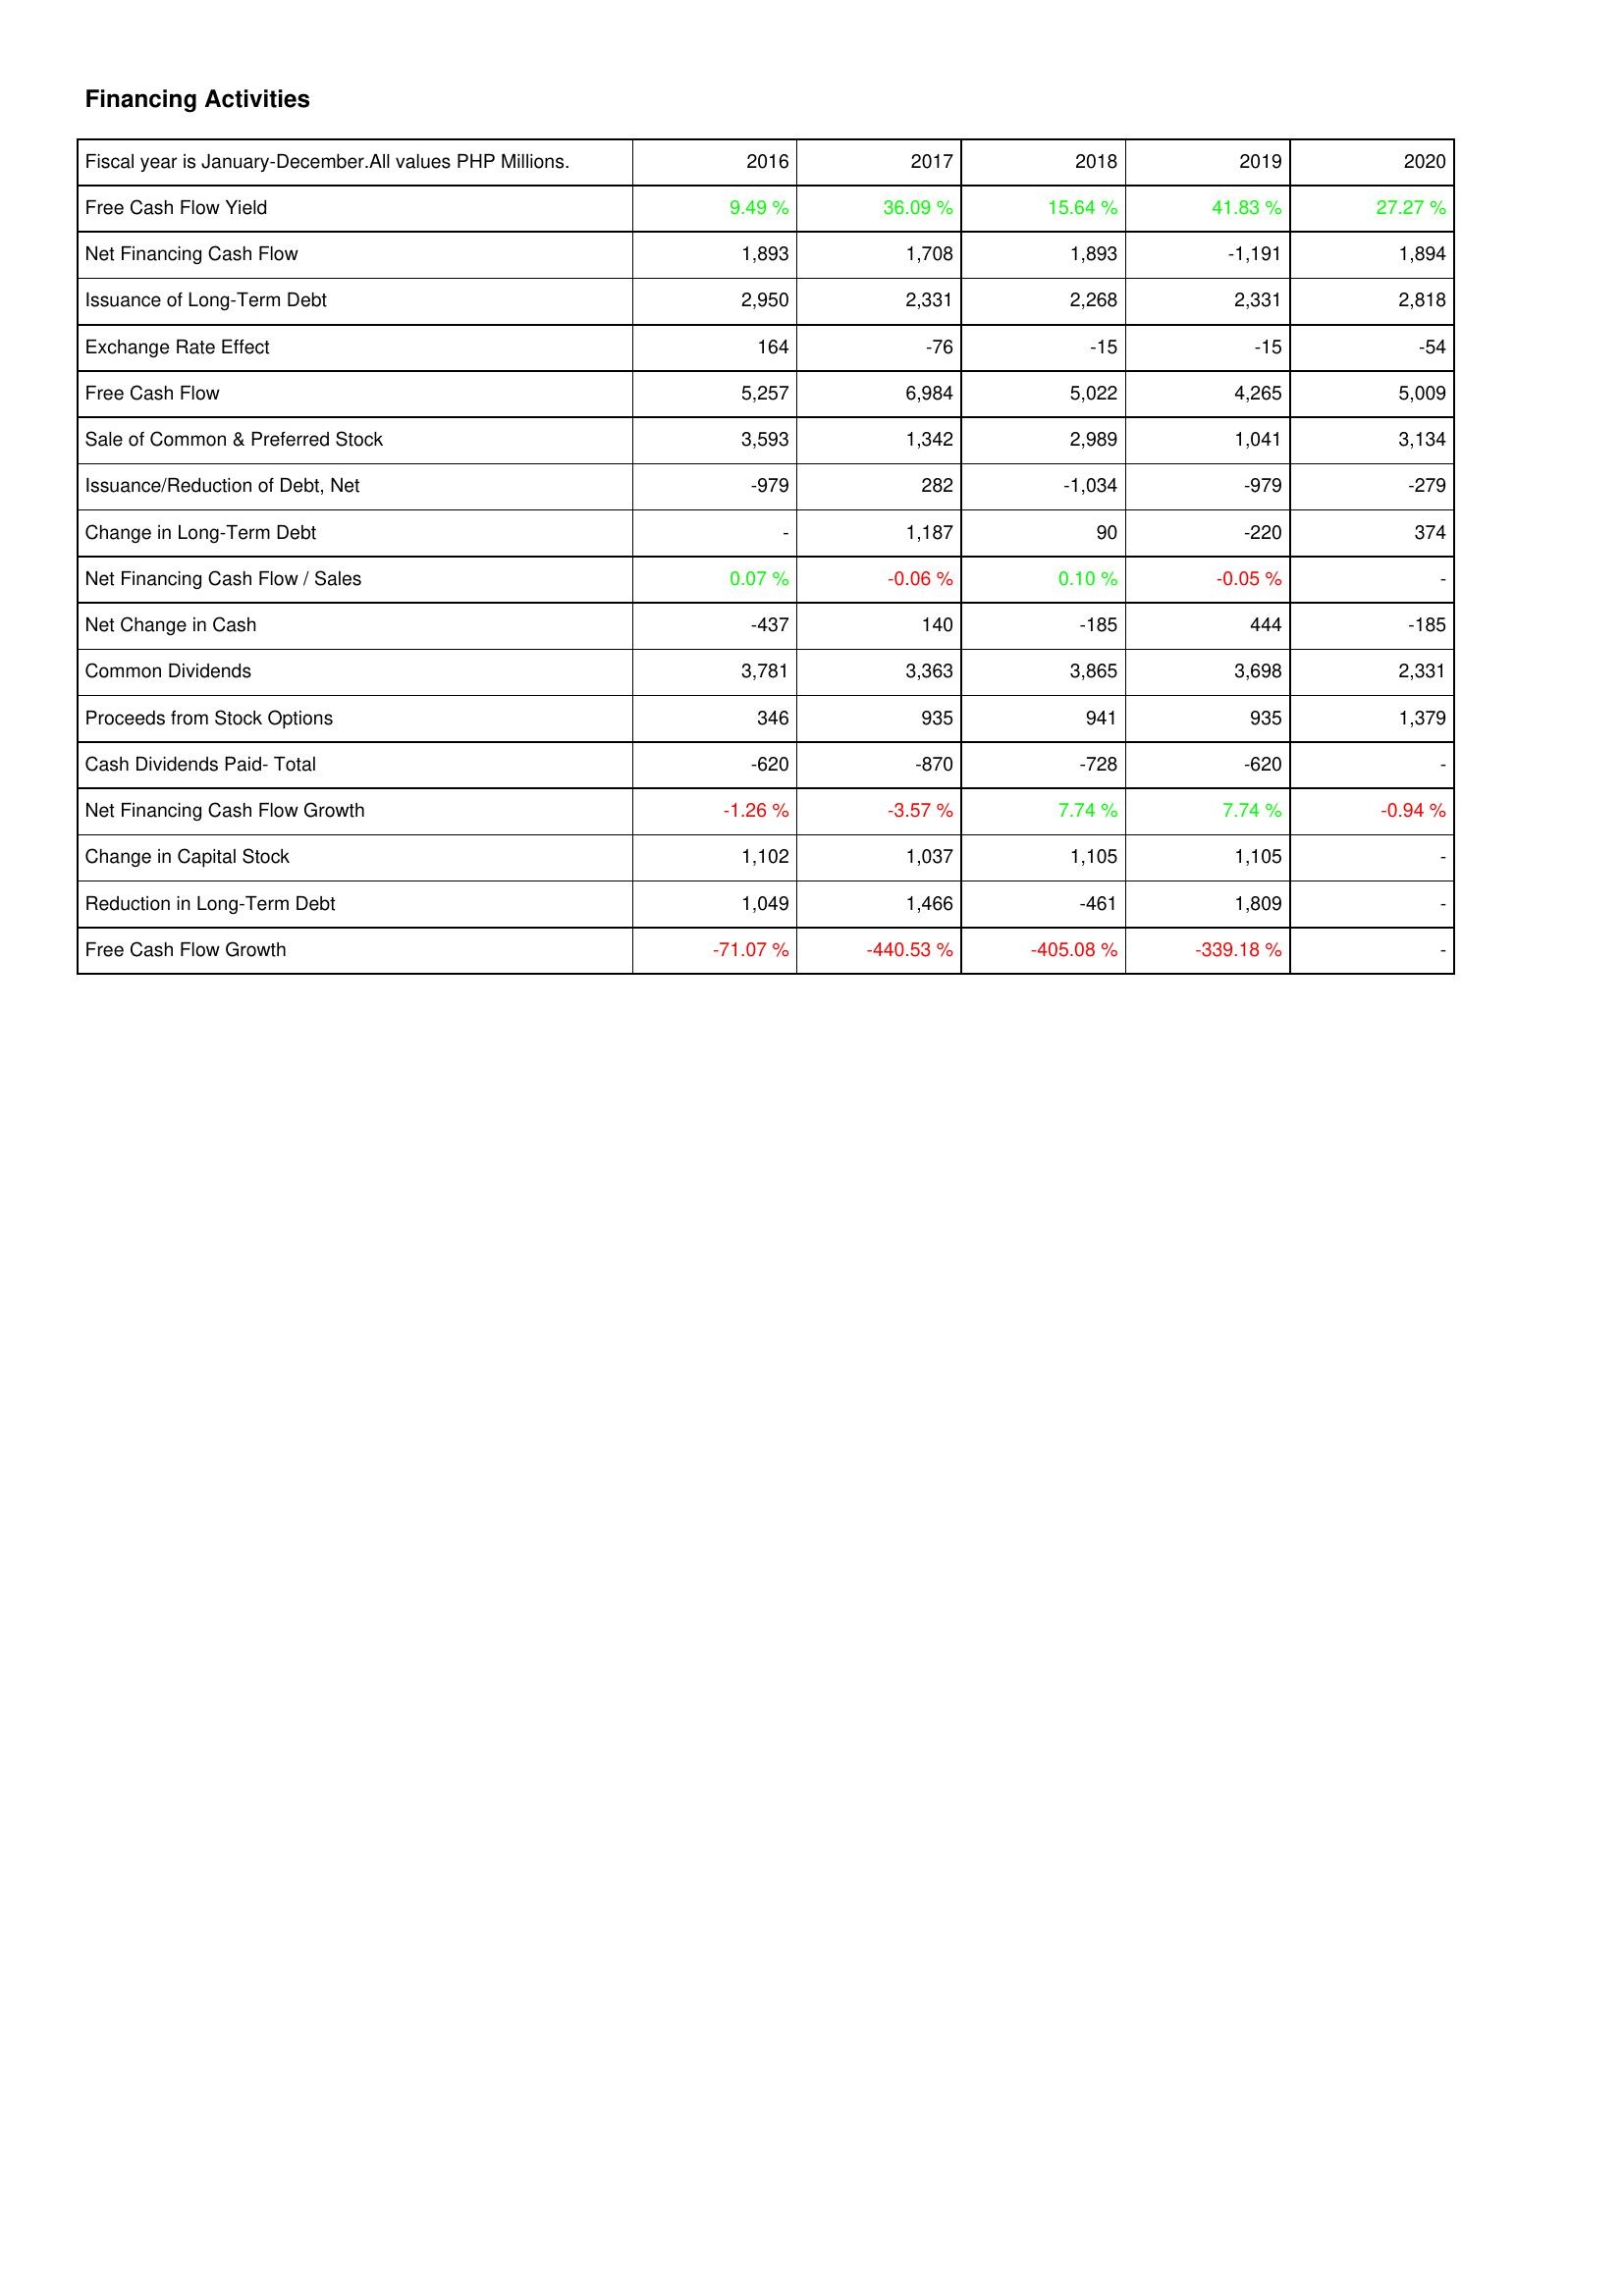
2016: Financing Activities: Free Cash Flow Yield: 9.49 %
Net Financing Cash Flow: 1,893
Issuance of Long-Term Debt: 2,950
Exchange Rate Effect: 164
Free Cash Flow: 5,257
Sale of Common & Preferred Stock: 3,593
Issuance/Reduction of Debt, Net: -979
Change in Long-Term Debt: -
Net Financing Cash Flow / Sales: 0.07 %
Net Change in Cash: -437
Common Dividends: 3,781
Proceeds from Stock Options: 346
Cash Dividends Paid- Total: -620
Net Financing Cash Flow Growth: -1.26 %
Change in Capital Stock: 1,102
Reduction in Long-Term Debt: 1,049
Free Cash Flow Growth: -71.07 %
2017: Financing Activities: Free Cash Flow Yield: 36.09 %
Net Financing Cash Flow: 1,708
Issuance of Long-Term Debt: 2,331
Exchange Rate Effect: -76
Free Cash Flow: 6,984
Sale of Common & Preferred Stock: 1,342
Issuance/Reduction of Debt, Net: 282
Change in Long-Term Debt: 1,187
Net Financing Cash Flow / Sales: -0.06 %
Net Change in Cash: 140
Common Dividends: 3,363
Proceeds from Stock Options: 935
Cash Dividends Paid- Total: -870
Net Financing Cash Flow Growth: -3.57 %
Change in Capital Stock: 1,037
Reduction in Long-Term Debt: 1,466
Free Cash Flow Growth: -440.53 %
2018: Financing Activities: Free Cash Flow Yield: 15.64 %
Net Financing Cash Flow: 1,893
Issuance of Long-Term Debt: 2,268
Exchange Rate Effect: -15
Free Cash Flow: 5,022
Sale of Common & Preferred Stock: 2,989
Issuance/Reduction of Debt, Net: -1,034
Change in Long-Term Debt: 90
Net Financing Cash Flow / Sales: 0.10 %
Net Change in Cash: -185
Common Dividends: 3,865
Proceeds from Stock Options: 941
Cash Dividends Paid- Total: -728
Net Financing Cash Flow Growth: 7.74 %
Change in Capital Stock: 1,105
Reduction in Long-Term Debt: -461
Free Cash Flow Growth: -405.08 %
2019: Financing Activities: Free Cash Flow Yield: 41.83 %
Net Financing Cash Flow: -1,191
Issuance of Long-Term Debt: 2,331
Exchange Rate Effect: -15
Free Cash Flow: 4,265
Sale of Common & Preferred Stock: 1,041
Issuance/Reduction of Debt, Net: -979
Change in Long-Term Debt: -220
Net Financing Cash Flow / Sales: -0.05 %
Net Change in Cash: 444
Common Dividends: 3,698
Proceeds from Stock Options: 935
Cash Dividends Paid- Total: -620
Net Financing Cash Flow Growth: 7.74 %
Change in Capital Stock: 1,105
Reduction in Long-Term Debt: 1,809
Free Cash Flow Growth: -339.18 %
2020: Financing Activities: Free Cash Flow Yield: 27.27 %
Net Financing Cash Flow: 1,894
Issuance of Long-Term Debt: 2,818
Exchange Rate Effect: -54
Free Cash Flow: 5,009
Sale of Common & Preferred Stock: 3,134
Issuance/Reduction of Debt, Net: -279
Change in Long-Term Debt: 374
Net Financing Cash Flow / Sales: -
Net Change in Cash: -185
Common Dividends: 2,331
Proceeds from Stock Options: 1,379
Cash Dividends Paid- Total: -
Net Financing Cash Flow Growth: -0.94 %
Change in Capital Stock: -
Reduction in Long-Term Debt: -
Free Cash Flow Growth: -